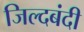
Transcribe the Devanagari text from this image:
जिल्दबंदी